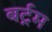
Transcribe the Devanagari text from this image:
बर्ट्रम